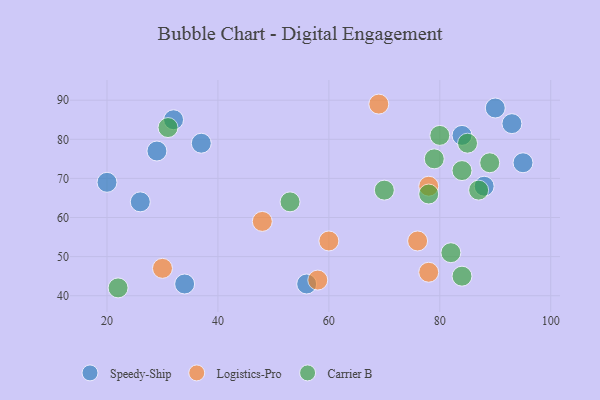
{"axis": {"x": "GDP", "y": "Life Expectancy"}, "legend": ["Carrier B", "Logistics-Pro", "Speedy-Ship"], "data": [{"x": "93", "y": 84, "type": "Speedy-Ship"}, {"x": "32", "y": 85, "type": "Speedy-Ship"}, {"x": "34", "y": 43, "type": "Speedy-Ship"}, {"x": "88", "y": 68, "type": "Speedy-Ship"}, {"x": "37", "y": 79, "type": "Speedy-Ship"}, {"x": "90", "y": 88, "type": "Speedy-Ship"}, {"x": "56", "y": 43, "type": "Speedy-Ship"}, {"x": "84", "y": 81, "type": "Speedy-Ship"}, {"x": "20", "y": 69, "type": "Speedy-Ship"}, {"x": "26", "y": 64, "type": "Speedy-Ship"}, {"x": "29", "y": 77, "type": "Speedy-Ship"}, {"x": "95", "y": 74, "type": "Speedy-Ship"}, {"x": "48", "y": 59, "type": "Logistics-Pro"}, {"x": "76", "y": 54, "type": "Logistics-Pro"}, {"x": "78", "y": 68, "type": "Logistics-Pro"}, {"x": "30", "y": 47, "type": "Logistics-Pro"}, {"x": "78", "y": 46, "type": "Logistics-Pro"}, {"x": "69", "y": 89, "type": "Logistics-Pro"}, {"x": "60", "y": 54, "type": "Logistics-Pro"}, {"x": "58", "y": 44, "type": "Logistics-Pro"}, {"x": "82", "y": 51, "type": "Carrier B"}, {"x": "89", "y": 74, "type": "Carrier B"}, {"x": "84", "y": 45, "type": "Carrier B"}, {"x": "22", "y": 42, "type": "Carrier B"}, {"x": "84", "y": 72, "type": "Carrier B"}, {"x": "78", "y": 66, "type": "Carrier B"}, {"x": "79", "y": 75, "type": "Carrier B"}, {"x": "80", "y": 81, "type": "Carrier B"}, {"x": "70", "y": 67, "type": "Carrier B"}, {"x": "85", "y": 79, "type": "Carrier B"}, {"x": "87", "y": 67, "type": "Carrier B"}, {"x": "53", "y": 64, "type": "Carrier B"}, {"x": "31", "y": 83, "type": "Carrier B"}]}